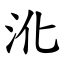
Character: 沎